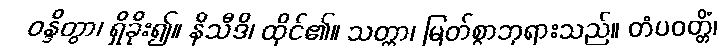
ဝန္ဒိတွာ၊ ရှိခိုး၍။ နိသီဒိ၊ ထိုင်၏။ သတ္ထာ၊ မြတ်စွာဘုရားသည်။ တံပဝတ္တိံ၊